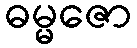
ဓမ္မဇော